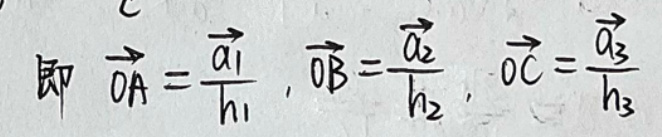
即\(\overrightarrow{OA}=\frac{\overrightarrow{a_{1}}}{h_{1}},\overrightarrow{OB}=\frac{\overrightarrow{a_{2}}}{h_{2}},\overrightarrow{OC}=\frac{\overrightarrow{a_{3}}}{h_{3}}\)